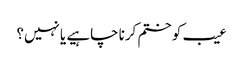
عیب کو ختم کرنا چاہیے یا نہیں؟